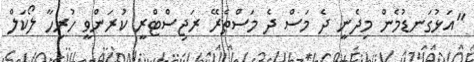
"އަޅުގަނޑުމެން މިދެނީ ދެ މަސް ދެ މަސްތެރޭ ރަޖިސްޓްރީ ކުރަންވީ ހުރިހާ ލޯކަލް